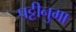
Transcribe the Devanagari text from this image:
पट्टीनुमा